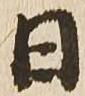
日